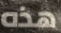
هذه